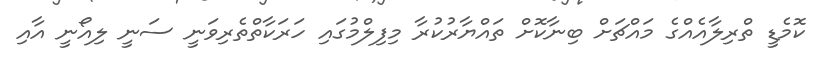
ކޮމެޑީ ތްރިލާއެއްގެ މައްޗަށް ބިނާކޮށް ތައްޔާރުކުރާ މިފިލްމުގައި ހަރަކާތްތެރިވަނީ ސަނީ ލިއޯނީ އާއި